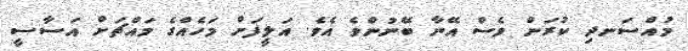
މުއްސަނދި ކުރަން ވެސް އޭނާ ބޭނުންވެ އެވެ. އަލީފަށް މަހެއްގެ މައްޗަށް އަސާސީ